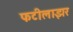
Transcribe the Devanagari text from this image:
फटीलाझर